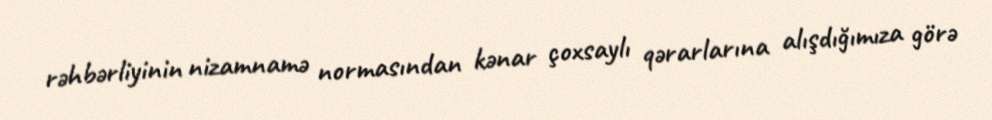
rəhbərliyinin nizamnamə normasından kənar çoxsaylı qərarlarına alışdığımıza görə